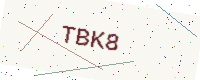
Text: TBK8